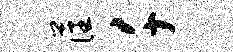
藩千